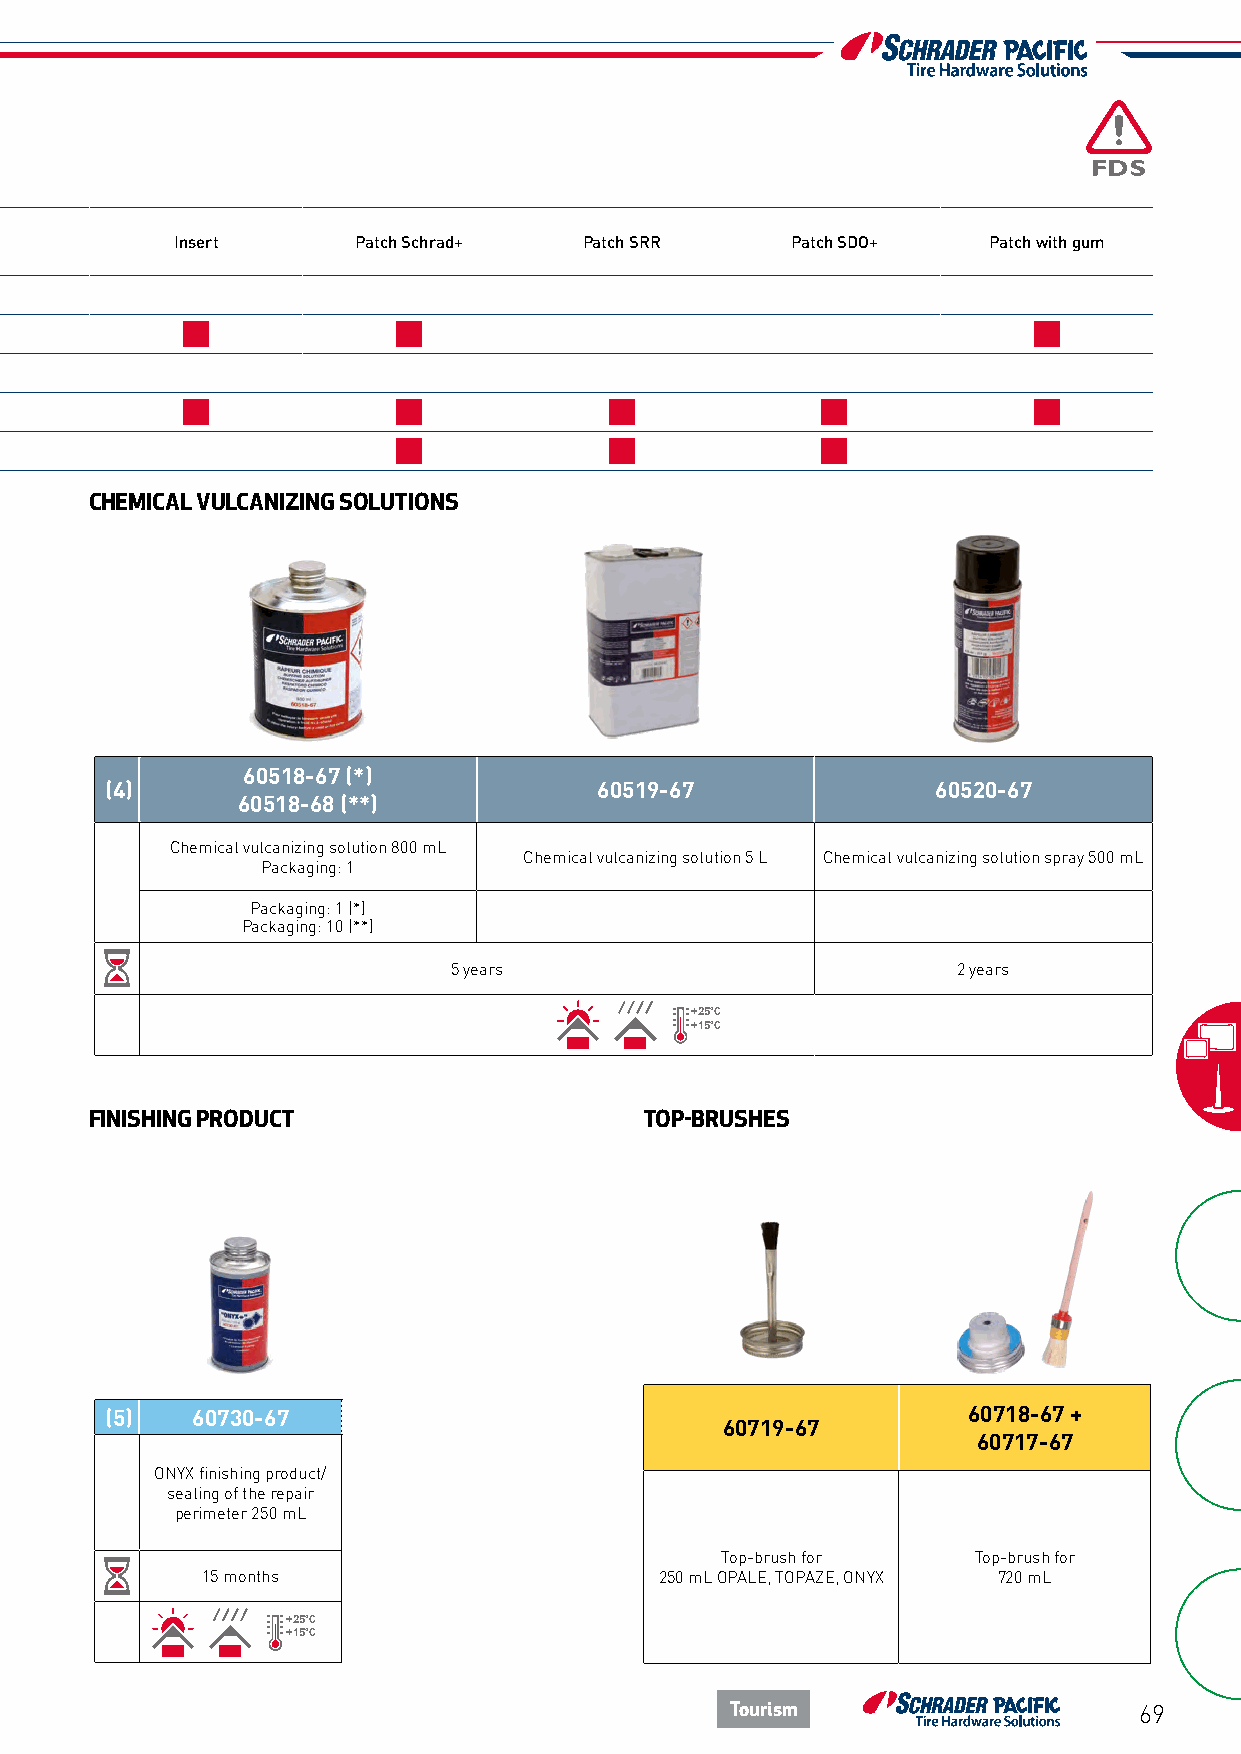
References PRC PRP PRF Insert Patch Schrad+ Patch SRR Patch SDO+ Patch with gum
 (1) Topaze
 (2) Opale Solutions
 (3) Saphir
 (4) Chemical Rasp Rasp
 (5) Onyx Finish/seal
 CHEMICAL VULCANIZING SOLUTIONS
 60518-67 (*)
 (4)                              60519-67              60520-67
 60518-68 (**)
 Chemical vulcanizing solution 800 mL
 Chemical vulcanizing solution 5 L Chemical vulcanizing solution spray 500 mL
 Packaging: 1
 Packaging: 1 (*)
 Packaging: 10 (**)
 5 years                          2 years
 +25°C
 +15°C
 FINISHING PRODUCT                    TOP-BRUSHES
 (5)   60730-67                                           60718-67 +
 60719-67
 60717-67
 ONYX finishing product/
 sealing of the repair
 perimeter 250 mL
 Top-brush for   Top-brush for
 15 months                      250 mL OPALE, TOPAZE, ONYX 720 mL
 +25°C
 +15°C
 Tourism                    69